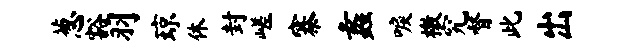
葱豁羽琼休封嵯寨蠡唳檄究督此出